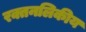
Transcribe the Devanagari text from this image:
रक्तनलिकीय